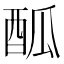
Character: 𨠋